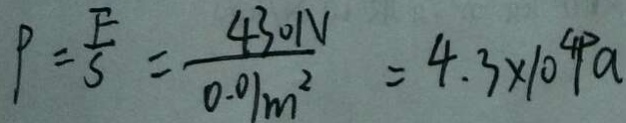
P = \frac { F } { S } = \frac { 4 3 0 N } { 0 . 0 1 m ^ { 2 } } = 4 . 3 \times 1 0 ^ { 4 } P a